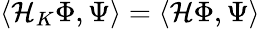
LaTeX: \langle\mathcal{H}_{K}\Phi,\Psi\rangle=\langle\mathcal{H}\Phi,\Psi\rangle